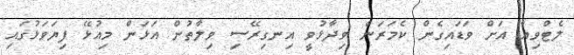
ލެޓްވިއާ އަށް ވަޑައިގެން ކެމަރަން ވިދާޅުވީ އިނގިރޭސި ވިލާތުން އަޅަން މިއުޅޭ ފިޔަވަޅުގައި